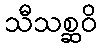
သီသစ္ဆဝိ